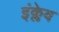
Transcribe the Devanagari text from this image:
इंक्लेव